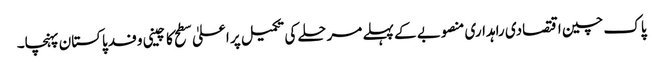
پاک چین اقتصادی راہداری منصوبے کے پہلے مرحلے کی تکمیل پر اعلیٰ سطح کا چینی وفد پاکستان پہنچا۔